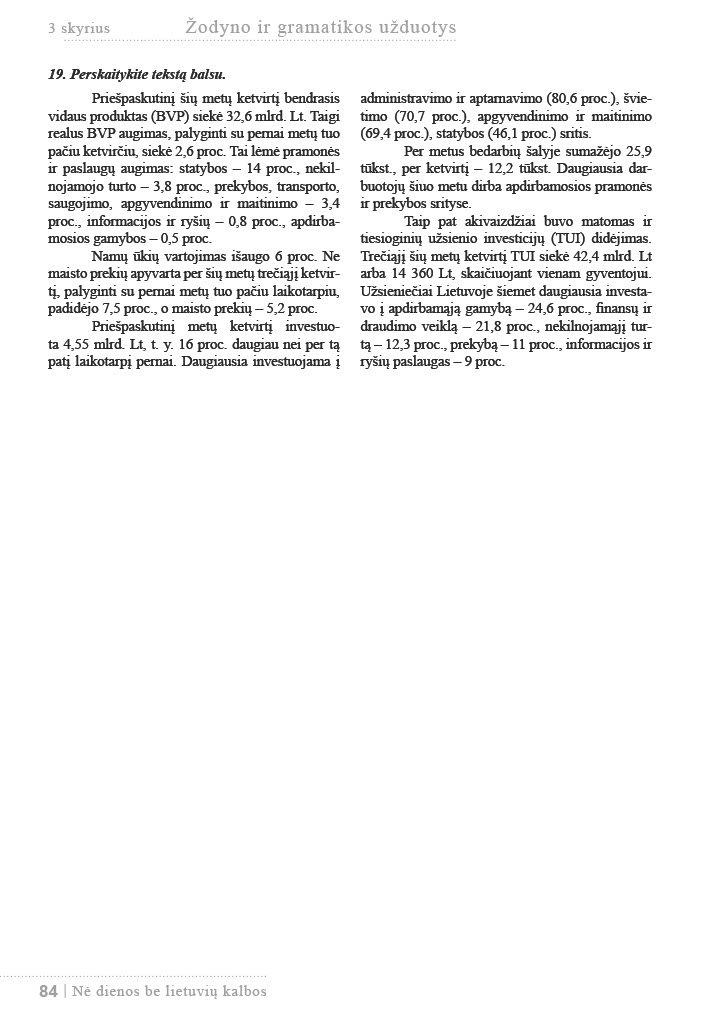
Language: lt